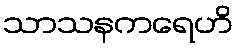
သာသနကရေဟိ